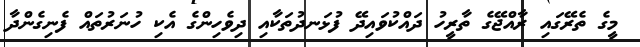
މީގެ ތެރޭގައި ރާއްޖޭގެ ތާރީހު ދައްކުވައިދޭ ފުޅަނދުތަކާއި ދިވެހިންގެ އެކި ހުނަރުތައް ފެނިގެންދާ